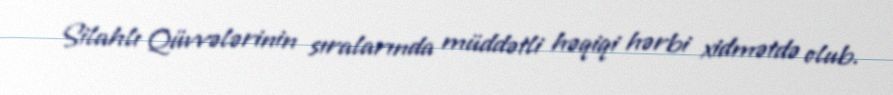
Silahlı Qüvvələrinin sıralarında müddətli həqiqi hərbi xidmətdə olub.